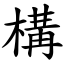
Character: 構